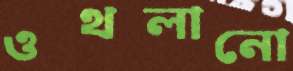
ওথলানো